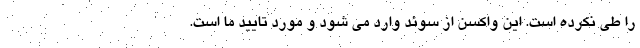
را طی نکرده است. این واکسن از سوئد وارد می شود و مورد تایید ما است.